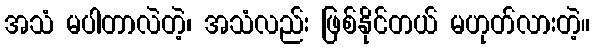
အသံ မပါတာလဲတဲ့၊ အသံလည်း ဖြစ်နိုင်တယ် မဟုတ်လားတဲ့။